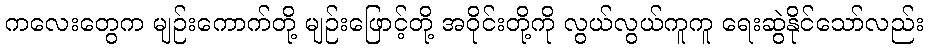
ကလေးတွေက မျဉ်းကောက်တို့ မျဉ်းဖြောင့်တို့ အဝိုင်းတို့ကို လွယ်လွယ်ကူကူ ရေးဆွဲနိုင်သော်လည်း